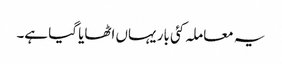
یہ معاملہ کئی بار یہاں اٹھایا گیا ہے۔